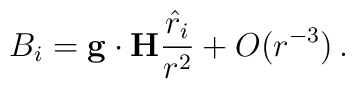
B_i = {\bf g} \cdot {\bf H} {{\hat r}_i\over r^2} + O(r^{-3})  \, .